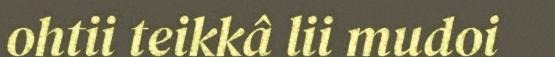
ohtii teikkâ lii mudoi